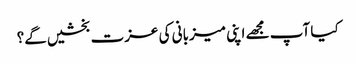
کیا آپ مجھے اپنی میزبانی کی عزت بخشیں گے؟